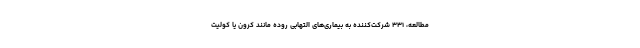
مطالعه، ۳۳۱ شرکت‌کننده به بیماری‌های التهابی روده مانند کرون یا کولیت